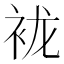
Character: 𰳲